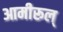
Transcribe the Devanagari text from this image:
आमीरूल्